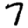
Digit: 7